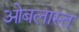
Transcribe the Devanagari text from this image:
ओबलास्त